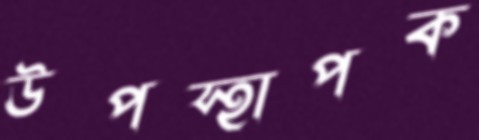
উপস্হাপক